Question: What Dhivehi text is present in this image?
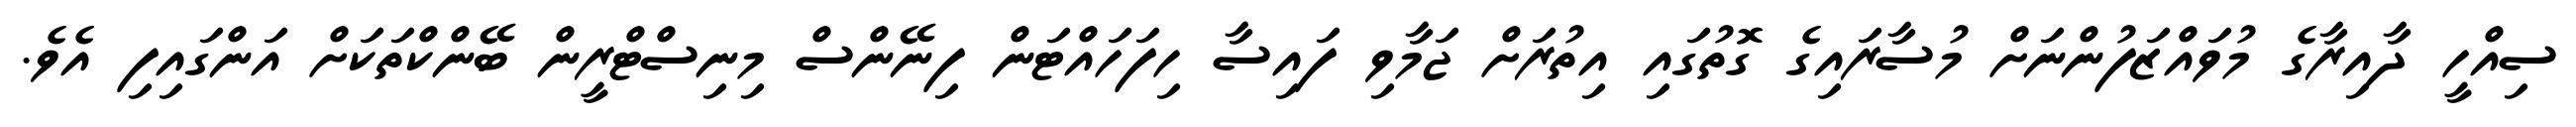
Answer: ސިއްހީ ދާއިރާގެ މުވައްޒަފުންނަށް މުސާރައިގެ ގޮތުގައި އިތުރަށް ޖަމާވި ފައިސާ ހިފަހައްޓަން ފިނޭންސް މިނިސްޓްރީން ބޭންކްތަކަށް އަންގައިފި އެވެ.